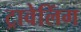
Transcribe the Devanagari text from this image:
ट्रावेलिंग